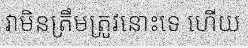
វាមិនត្រឹមត្រូវនោះទេ ហើយ